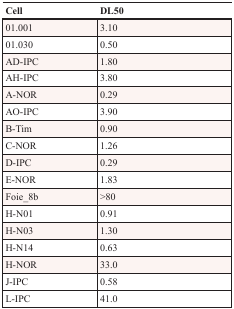
<table><thead><tr><td><b>Cell</b></td><td><b>DL50</b></td></tr></thead><tbody><tr><td>01.001</td><td>3.10</td></tr><tr><td>01.030</td><td>0.50</td></tr><tr><td>AD-IPC</td><td>1.80</td></tr><tr><td>AH-IPC</td><td>3.80</td></tr><tr><td>A-NOR</td><td>0.29</td></tr><tr><td>AO-IPC</td><td>3.90</td></tr><tr><td>B-Tim</td><td>0.90</td></tr><tr><td>C-NOR</td><td>1.26</td></tr><tr><td>D-IPC</td><td>0.29</td></tr><tr><td>E-NOR</td><td>1.83</td></tr><tr><td>Foie_8b</td><td>&gt;80</td></tr><tr><td>H-N01</td><td>0.91</td></tr><tr><td>H-N03</td><td>1.30</td></tr><tr><td>H-N14</td><td>0.63</td></tr><tr><td>H-NOR</td><td>33.0</td></tr><tr><td>J-IPC</td><td>0.58</td></tr><tr><td>L-IPC</td><td>41.0</td></tr></tbody></table>